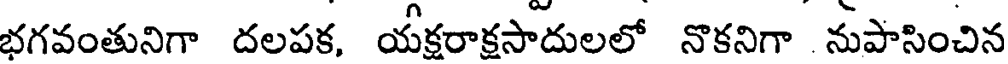
భగవంతునిగా దలపక, యక్షరాక్షసాదులలో నొకనిగా నుపాసించిన